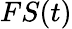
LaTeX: FS(t)